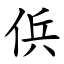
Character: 㑟